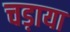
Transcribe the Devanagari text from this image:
चड़ाया